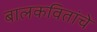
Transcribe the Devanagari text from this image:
बालकवितांचे